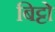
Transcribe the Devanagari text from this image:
बिट्टो